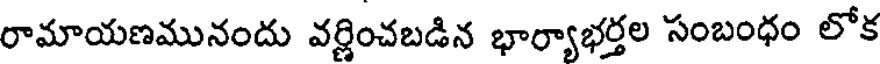
రామాయణమునందు వర్ణించబడిన భార్యాభర్తల సంబంధం లోక